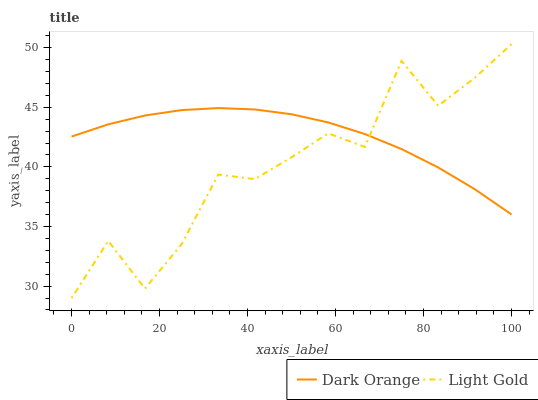
| xaxis_label | Dark Orange | Light Gold |
 | --- | --- | --- |
 | 0 | 42.5 | 29 |
 | 8.33 | 43.6 | 33.8 |
 | 16.7 | 44.3 | 29.8 |
 | 25 | 44.8 | 33.5 |
 | 33.3 | 44.9 | 39.4 |
 | 41.7 | 44.8 | 39 |
 | 50 | 44.4 | 40.8 |
 | 58.3 | 43.7 | 42.8 |
 | 66.7 | 42.8 | 41.7 |
 | 75 | 41.5 | 48.9 |
 | 83.3 | 40 | 45.1 |
 | 91.7 | 38.1 | 47.5 |
 | 100 | 36 | 50.3 |